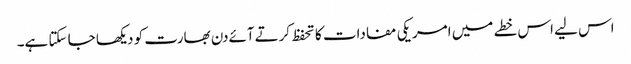
اس لیے اس خطے میں امریکی مفادات کا تحفظ کرتےآئےدن بھارت کو دیکھا جا سکتا ہے۔